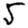
Digit: 5